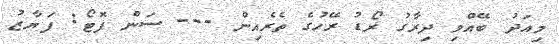
މިއަދު ބޭއްވި ދިރާގު ރޯޑު ރޭހުގެ ތެރެއިން --- ސަން ފޮޓޯ: ފަޔާޒު